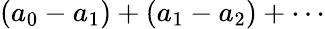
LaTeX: (a_{0}-a_{1})+(a_{1}-a_{2})+\cdots